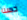
حسنا